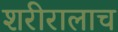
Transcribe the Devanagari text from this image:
शरीरालाच